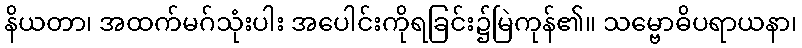
နိယတာ၊ အထက်မဂ်သုံးပါး အပေါင်းကိုရခြင်း၌မြဲကုန်၏။ သမ္ဗောဓိပရာယနာ၊